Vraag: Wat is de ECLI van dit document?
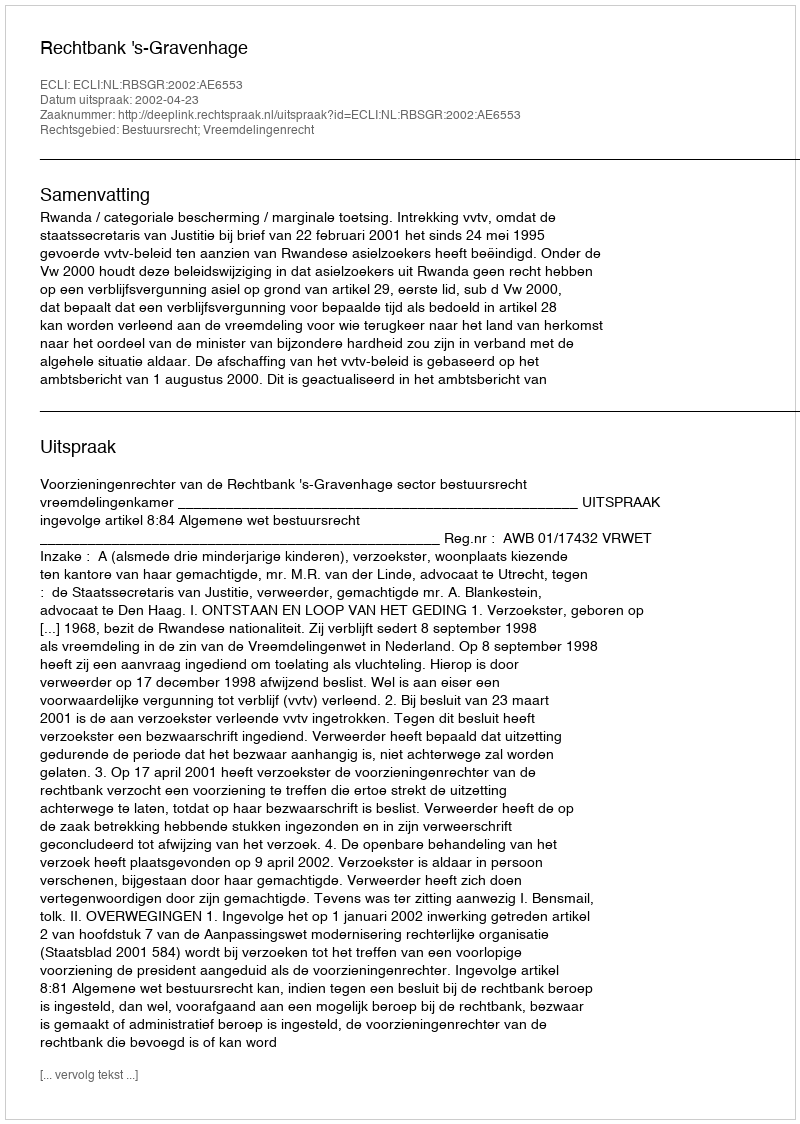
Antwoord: ECLI:NL:RBSGR:2002:AE6553